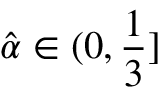
\hat { \alpha } \in ( 0 , \frac 1 3 ]